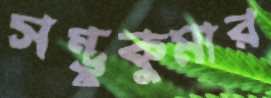
সম্ভুকুমার